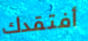
أفتقدك